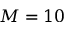
M = 1 0